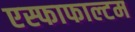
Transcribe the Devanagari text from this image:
एस्फाफाल्टम